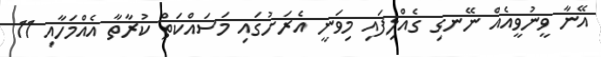
އޭނާ ވީނުވީއެއް ނޭނގި ގެއްލިފައި މިވަނީ އެރަށުގައި މަސައްކަތް ކުރާތާ އެއްމަހާއި 11